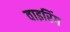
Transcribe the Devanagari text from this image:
वाइरिंग